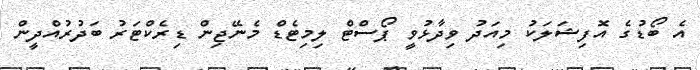
އެ ބޯޑުގެ އޮފިޝަލަކު މިއަދު ވިދާޅުވީ ޕޯސްޓް ލިމިޓެޑް މެނޭޖިން ޑިރެކްޓަރު ބަދުރުއްދީން